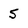
Character: 5